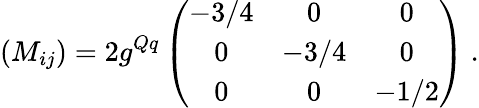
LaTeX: (M_{ij})=2g^{Qq}\left(\begin{array}{ccc}{{-3/4}}&{{0}}&{{0}}\\ {{0}}&{{-3/4}}&{{0}}\\ {{0}}&{{0}}&{{-1/2}}\end{array}\right)\ .